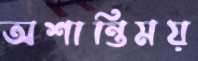
অশান্তিময়